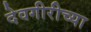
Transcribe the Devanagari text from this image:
देवगीरीच्या